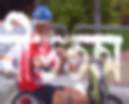
বীভত্স